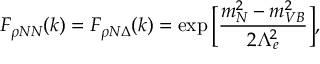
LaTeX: F _ { \rho N N } ( k ) = F _ { \rho N \Delta } ( k ) = \exp \bigg [ \frac { m _ { N } ^ { 2 } - m _ { V B } ^ { 2 } } { 2 \Lambda _ { e } ^ { 2 } } \bigg ] ,